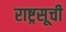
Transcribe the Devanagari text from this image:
राष्ट्रसूची